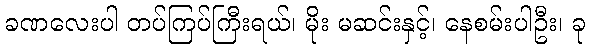
ခဏလေးပါ တပ်ကြပ်ကြီးရယ်၊ မိုး မဆင်းနှင့်၊ နေစမ်းပါဦး၊ ခု